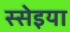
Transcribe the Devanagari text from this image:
स्सेइया